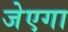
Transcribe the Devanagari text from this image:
जेएगा